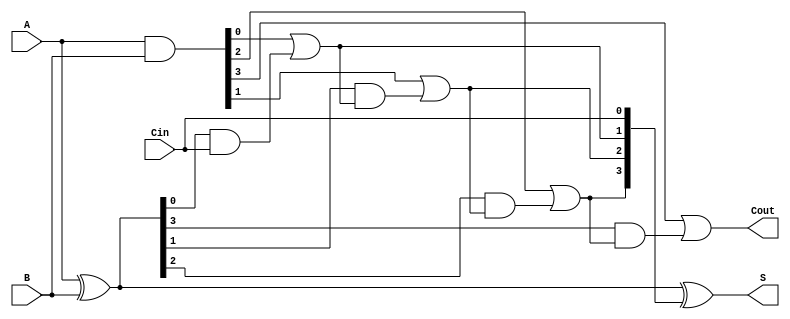
module ling_adder #(parameter N = 4) (
    input  [N-1:0] A,      // First n-bit input
    input  [N-1:0] B,      // Second n-bit input
    input         Cin,      // Carry-in
    output [N-1:0] S,      // Sum output
    output        Cout      // Carry-out
);

    // Generate and propagate signals
    wire [N-1:0] G; // Generate signals
    wire [N-1:0] P; // Propagate signals
    wire [N:0] C;    // Carry signals (C[0] = Cin)

    // Generate and propagate calculations
    assign G = A & B;           // G[i] = A[i] AND B[i]
    assign P = A ^ B;           // P[i] = A[i] XOR B[i]

    // Carry calculations
    assign C[0] = Cin;          // C[0] = Cin
    genvar i;
    generate
        for (i = 0; i < N; i = i + 1) begin : carry_calc
            if (i == 0) begin
                assign C[i + 1] = G[i] | (P[i] & C[i]); // C[1] = G[0] + P[0] * C[0]
            end else begin
                assign C[i + 1] = G[i] | (P[i] & C[i]); // C[i+1] = G[i] + P[i] * C[i]
            end
        end
    endgenerate

    // Sum calculation
    assign S = A ^ B ^ C[N-1:0]; // S[i] = A[i] XOR B[i] XOR C[i]

    // Final carry-out
    assign Cout = C[N]; // Cout = C[n]

endmodule